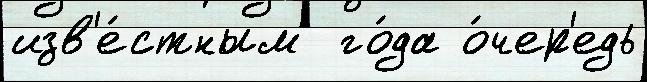
изв'е́стным  го́да о́чер'едь